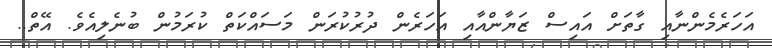
އަހަރެމެންނާއި ގާތަށް އައިސް ޒަޔާންއާއި އަހަރެން ދުރުކުރަން މަސައްކަތް ކުރަމުން ބުނެލިއެވެ. އޭތް..